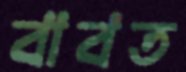
বাবত